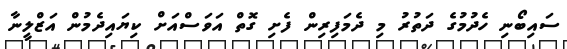
ސައިބޯނި ހެދުމުގެ ދަތުރު މި ދެމަފިރިން ފެށި ގޮތް އަވަސްއަށް ކިޔައިދެމުން އަޒްލީނާ